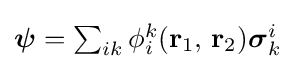
{\textstyle {\boldsymbol {\psi }}=\sum _{ik}\phi _{i}^{k}(\mathbf {r} _{1},\,\mathbf {r} _{2}){\boldsymbol {\sigma }}_{k}^{i}}